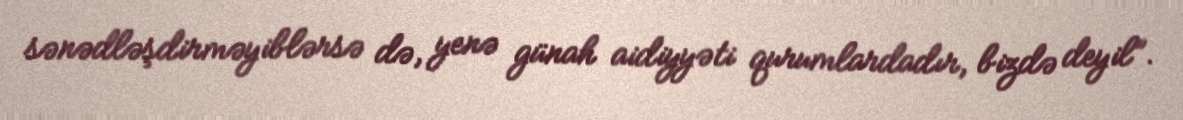
sənədləşdirməyiblərsə də, yenə günah aidiyyəti qurumlardadır, bizdə deyil”.